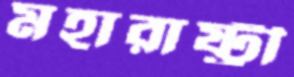
মহারাষ্ট্রী